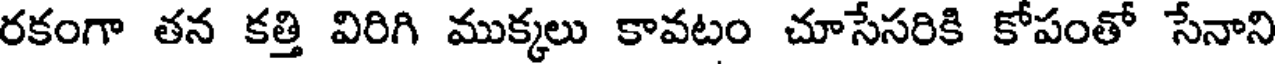
రకంగా తన కత్తి విరిగి ముక్కలు కావటం చూసేసరికి కోపంతో సేనాని